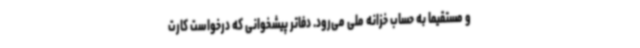
و مستقیما به حساب خزانه ملی می‌رود. دفاتر پیشخوانی که درخواست کارت